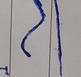
Signature authenticity: forged